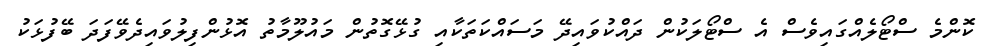
ކޮންމެ ސްޓޯލެއްގައިވެސް އެ ސްޓޯލަކުން ދައްކުވައިދޭ މަސައްކަތަކާއި ގުޅޭގޮތުން މައުލޫމާތު އޮޅުންފިލުވައިދެވޭފަދަ ބޭފުޅަކު